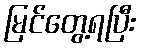
မြင်တွေ့ရပြီး